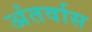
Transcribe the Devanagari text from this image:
अंतर्वास